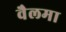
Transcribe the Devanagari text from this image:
वैलमा